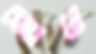
জোরে